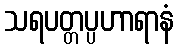
သရပတ္တပ္ပဟာရာနံ